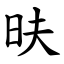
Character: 㫙